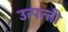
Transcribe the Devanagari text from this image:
उत्पत्त्ती